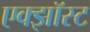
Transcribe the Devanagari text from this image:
एक्झॉस्ट